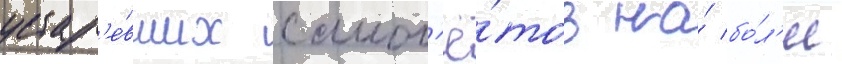
устар'е́вших самол'ё́тов на́ бо́л'ее